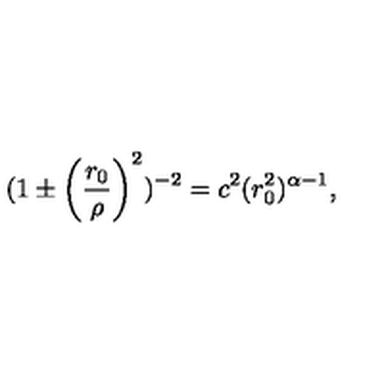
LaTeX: ( 1 \pm \left( \frac { r _ { 0 } } { \rho } \right) ^ { 2 } ) ^ { - 2 } = c ^ { 2 } ( r _ { 0 } ^ { 2 } ) ^ { \alpha - 1 } ,